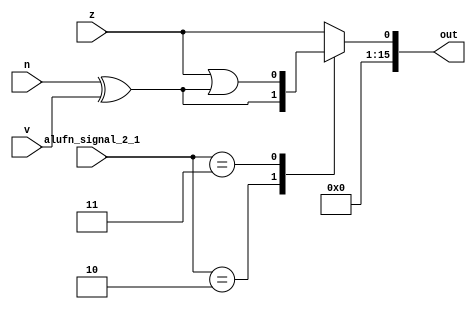
/*
   This file was generated automatically by Alchitry Labs version 1.2.7.
   Do not edit this file directly. Instead edit the original Lucid source.
   This is a temporary file and any changes made to it will be destroyed.
*/

module compare_21 (
    input z,
    input v,
    input n,
    input [1:0] alufn_signal_2_1,
    output reg [15:0] out
  );
  
  
  
  reg [15:0] s;
  
  always @* begin
    s[1+14-:15] = 15'h0000;
    
    case (alufn_signal_2_1)
      2'h1: begin
        s[0+0-:1] = z;
      end
      2'h2: begin
        s[0+0-:1] = n ^ v;
      end
      2'h3: begin
        s[0+0-:1] = z | (n ^ v);
      end
    endcase
    out = s;
  end
endmodule